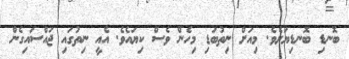
ބޮނޑި ބޮނޑިޔަށެވެ. މިއަށް ނިތުބަޑި މިހެން ވެސް ކިޔައެވެ. އެއީ ނިތުގައި ޖައްސައިގެން